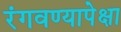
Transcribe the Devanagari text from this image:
रंगवण्यापेक्षा